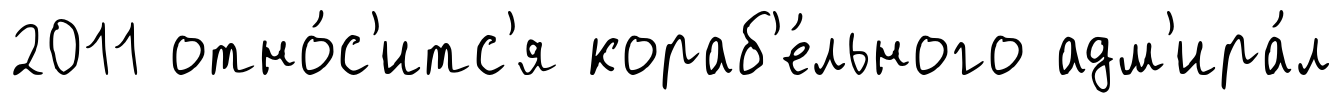
2011 отно́с'итс'я кораб'е́льного адм'ира́л